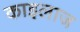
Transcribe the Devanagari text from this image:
काइलाज